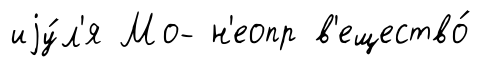
иjу́л'я Мо- н'еопр в'ещество́